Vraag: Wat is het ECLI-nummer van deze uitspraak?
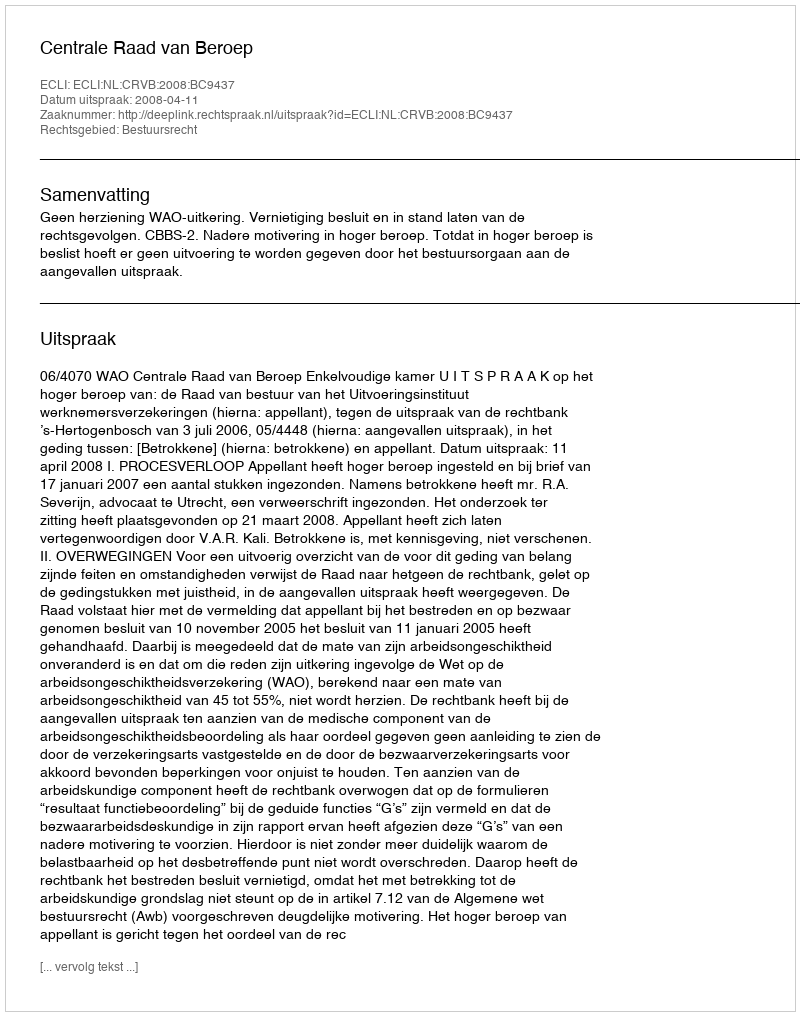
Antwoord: ECLI:NL:CRVB:2008:BC9437